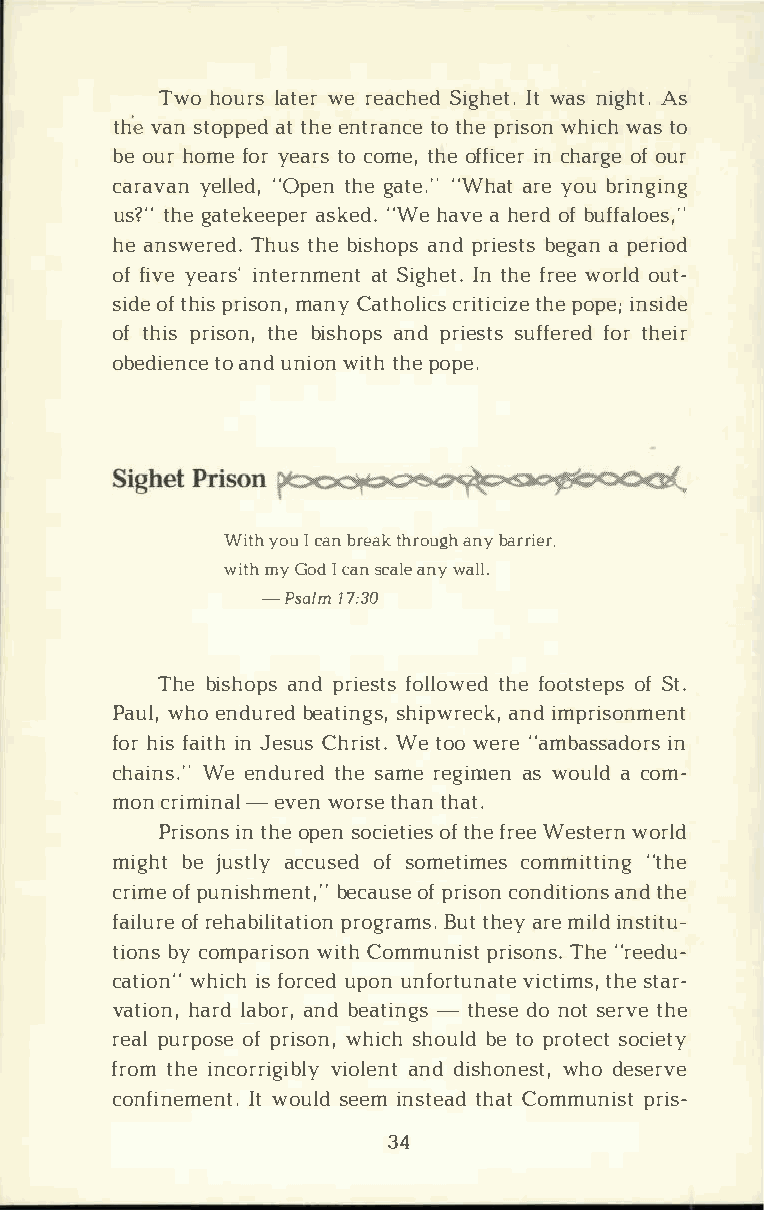
Twoh oulrast weerr eacShiegdh Iewtta .sn ighAts.
 tehv asnt opaptte hdee n tratnotc hepe r iswohni wcahts o
 beo uhro mfeo yre ars ttoh oecf ofmiiecnc,e h ra rogfoe u r
 carayvealnl ed,t h"geOa ptee"n.W "h aatr yeo ub ringing
 us?t"h gea tekeaespkee"rdW .eh avaeh erodfb uffaloes,"
 hea nsweTrheudts.h bei shaonpdps r iebsetgsaa p ne riod
 off ivyee arisn't ernamtSe ingth Ientt h.fe r eweo roludt ­
 sidoeft hpirsi smoann,Cy a thoclriictsti hcpeio zpeie n;s ide
 oft hipsr istohnbe,i shaonpdps r iessutfsf efroterhd e ir
 obediteoan ncuden iwoint thhp eo pe.
 Wityho uIc abnr etahkr ouagnhyb arrier.
 witmhy G odIc asnc aalneyw all.
 -Psal1m7 :30
 Theb ishaonpdps r iefsotlsl otwhefedo otsotfSe tp.s
 Pauwlh,oe ndubreeadt isnhgisp,w raencidkm ,p risonment
 fohri fsa iitnJh e sCuhsr iWsett .ow oe r"ea mbassiand ors
 chainWse. e"n durtehsdea mree gimaeswn o uladc om­
 monc rim-ineavlew no rtshea tnh at.
 Prisiontn hsoe p esno cieotfti hfeers We ees tewronr ld
 mighbtej ustalcyc usoefsd o meticmoemsm it"ttihneg
 criomfpe u nishmbeencta,ou·fps' re i scoonn diatnitdoh nes
 failoufrr eeh abilpirtoagtriaomtnsh .ea yrBm eui tli dn stitu­
 tiobnycs o mparwiistCohon m munpirsits Tohne"s r.e edu­
 catiwohni"ic shf o rcuepdou nn fortvuincattiem sst,a rt­he
 vatihoanrl,da baonrdb, e ati-ntghse dsoen oste rtvhee
 reaplu rpoofsp er iswohni,cs hh oubletd op rotseoccti ety
 frotmh ien corrviigoilbaelnnyddt i shownheosd te,s erve
 confineImwte onutls.de eimn sttehaaCdto mmunpirsits -
 34